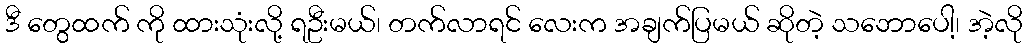
ဒီ တွေထက် ကို ထားသုံးလို့ ရဦးမယ်၊ တက်လာရင် လေးက အချက်ပြမယ် ဆိုတဲ့ သဘောပေါ့၊ အဲ့လို